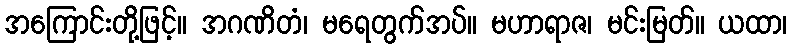
အကြောင်းတို့ဖြင့်။ အဂဏိတံ၊ မရေတွက်အပ်။ မဟာရာဇ၊ မင်းမြတ်။ ယထာ၊